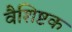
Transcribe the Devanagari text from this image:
वैशिष्टक